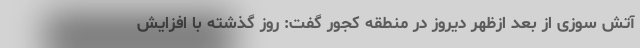
آتش سوزی از بعد ازظهر دیروز در منطقه کجور گفت: روز گذشته با افزایش